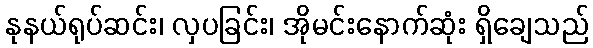
နုနယ်ရုပ်ဆင်း၊ လှပခြင်း၊ အိုမင်းနောက်ဆုံး ရှိချေသည်